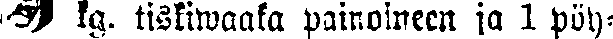
# kg. tiskiwaaka painoineen ja 1 pöy-